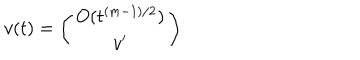
v ( t ) = \left( \begin{array} { c } { { O ( t ^ { ( m - 1 ) / 2 } ) } } \\ { { v ^ { \prime } } } \\ \end{array} \right)